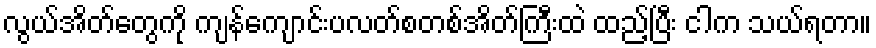
လွယ်အိတ်တွေကို ကျန်ကျောင်းပလတ်စတစ်အိတ်ကြီးထဲ ထည့်ပြီး ငါက သယ်ရတာ။